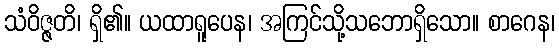
သံဝိဇ္ဇတိ၊ ရှိ၏။ ယထာရူပေန၊ အကြင်သို့သဘောရှိသော။ စာဂေန၊